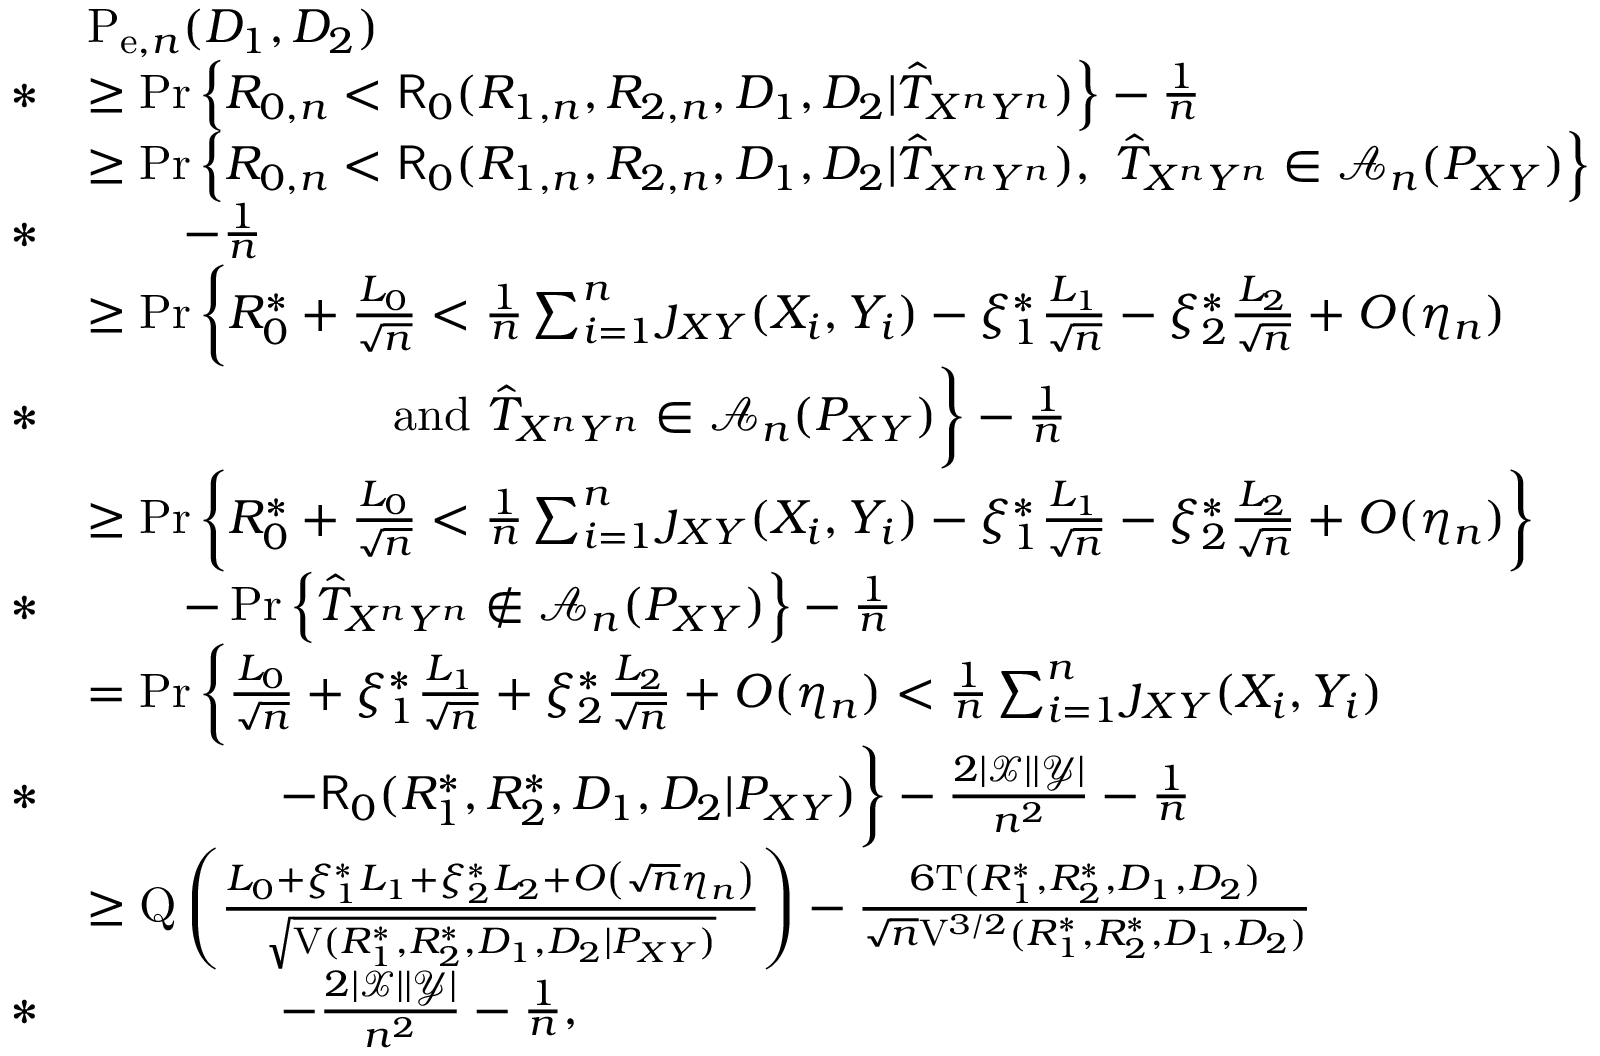
\begin{array} { r l } & { \mathrm { P } _ { \mathrm { e } , n } ( D _ { 1 } , D _ { 2 } ) } \\ { * } & { \geq \operatorname* { P r } \left\{ R _ { 0 , n } < \mathsf { R } _ { 0 } ( R _ { 1 , n } , R _ { 2 , n } , D _ { 1 } , D _ { 2 } | \hat { T } _ { X ^ { n } Y ^ { n } } ) \right\} - \frac { 1 } { n } } \\ & { \geq \operatorname* { P r } \left\{ R _ { 0 , n } < \mathsf { R } _ { 0 } ( R _ { 1 , n } , R _ { 2 , n } , D _ { 1 } , D _ { 2 } | \hat { T } _ { X ^ { n } Y ^ { n } } ) , ~ \hat { T } _ { X ^ { n } Y ^ { n } } \in \mathcal { A } _ { n } ( P _ { X Y } ) \right\} } \\ { * } & { \qquad - \frac { 1 } { n } } \\ & { \geq \operatorname* { P r } \bigg \{ R _ { 0 } ^ { * } + \frac { L _ { 0 } } { \sqrt { n } } < \frac { 1 } { n } \sum _ { i = 1 } ^ { n } \jmath _ { X Y } ( X _ { i } , Y _ { i } ) - \xi _ { 1 } ^ { * } \frac { L _ { 1 } } { \sqrt { n } } - \xi _ { 2 } ^ { * } \frac { L _ { 2 } } { \sqrt { n } } + O ( \eta _ { n } ) } \\ { * } & { \qquad \qquad \qquad \mathrm { ~ a n d ~ } \hat { T } _ { X ^ { n } Y ^ { n } } \in \mathcal { A } _ { n } ( P _ { X Y } ) \bigg \} - \frac { 1 } { n } } \\ & { \geq \operatorname* { P r } \bigg \{ R _ { 0 } ^ { * } + \frac { L _ { 0 } } { \sqrt { n } } < \frac { 1 } { n } \sum _ { i = 1 } ^ { n } \jmath _ { X Y } ( X _ { i } , Y _ { i } ) - \xi _ { 1 } ^ { * } \frac { L _ { 1 } } { \sqrt { n } } - \xi _ { 2 } ^ { * } \frac { L _ { 2 } } { \sqrt { n } } + O ( \eta _ { n } ) \bigg \} } \\ { * } & { \qquad - \operatorname* { P r } \left\{ \hat { T } _ { X ^ { n } Y ^ { n } } \notin \mathcal { A } _ { n } ( P _ { X Y } ) \right\} - \frac { 1 } { n } } \\ & { = \operatorname* { P r } \bigg \{ \frac { L _ { 0 } } { \sqrt { n } } + \xi _ { 1 } ^ { * } \frac { L _ { 1 } } { \sqrt { n } } + \xi _ { 2 } ^ { * } \frac { L _ { 2 } } { \sqrt { n } } + O ( \eta _ { n } ) < \frac { 1 } { n } \sum _ { i = 1 } ^ { n } \jmath _ { X Y } ( X _ { i } , Y _ { i } ) } \\ { * } & { \qquad \qquad - \mathsf { R } _ { 0 } ( R _ { 1 } ^ { * } , R _ { 2 } ^ { * } , D _ { 1 } , D _ { 2 } | P _ { X Y } ) \bigg \} - \frac { 2 | \mathcal { X } | | \mathcal { Y } | } { n ^ { 2 } } - \frac { 1 } { n } } \\ & { \geq \mathrm { Q } \left( \frac { L _ { 0 } + \xi _ { 1 } ^ { * } L _ { 1 } + \xi _ { 2 } ^ { * } L _ { 2 } + O \left( \sqrt { n } \eta _ { n } \right) } { \sqrt { \mathrm { V } ( R _ { 1 } ^ { * } , R _ { 2 } ^ { * } , D _ { 1 } , D _ { 2 } | P _ { X Y } ) } } \right) - \frac { 6 \mathrm { T } ( R _ { 1 } ^ { * } , R _ { 2 } ^ { * } , D _ { 1 } , D _ { 2 } ) } { \sqrt { n } \mathrm { V } ^ { 3 / 2 } ( R _ { 1 } ^ { * } , R _ { 2 } ^ { * } , D _ { 1 } , D _ { 2 } ) } } \\ { * } & { \qquad \qquad - \frac { 2 | \mathcal { X } | | \mathcal { Y } | } { n ^ { 2 } } - \frac { 1 } { n } , } \end{array}